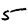
Digit: 5